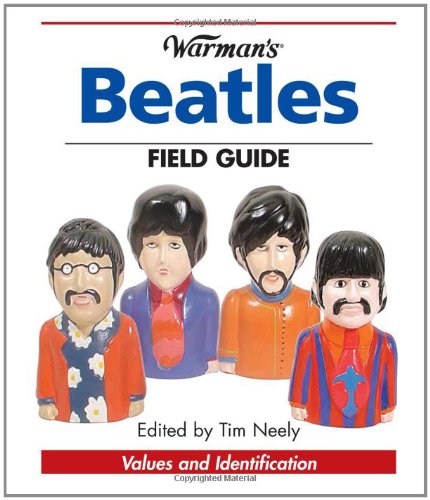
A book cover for Warman's Beatles Field Guide (Warman's Field Guides); Tim Neely; Crafts, Hobbies & Home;